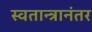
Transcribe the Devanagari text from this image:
स्वतान्त्रानंतर